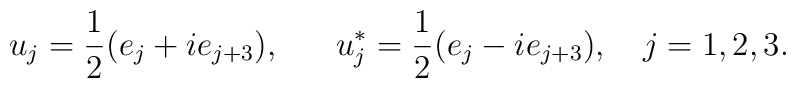
u_{j} = \frac{1}{2} (e_{j} +i e_{j+3}) ,                      ~~~~~u_{j}^{*} = \frac{1}{2} (e_{j} -i e_{j+3}) , ~~~j=1,2,3.